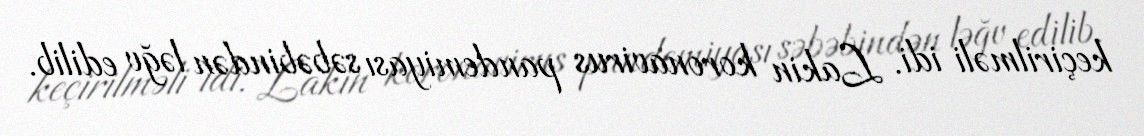
keçirilməli idi. Lakin koronavirus pandemiyası səbəbindən ləğv edilib.